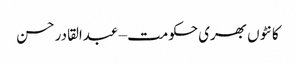
کانٹوں بھری حکومت – عبدالقادر حسن